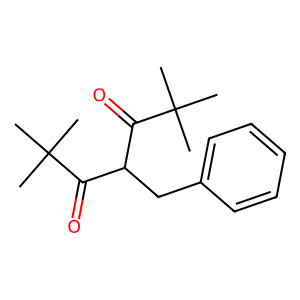
SMILES: CC(C)(C)C(=O)C(Cc1ccccc1)C(=O)C(C)(C)C
Inhibits HIV replication: No